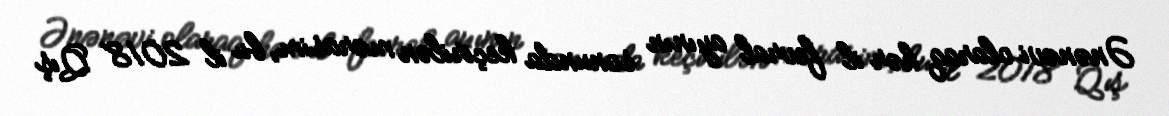
Ənənəvi olaraq hər il fevral ayının sonunda keçirilən mərasim, bu il 2018 Qış